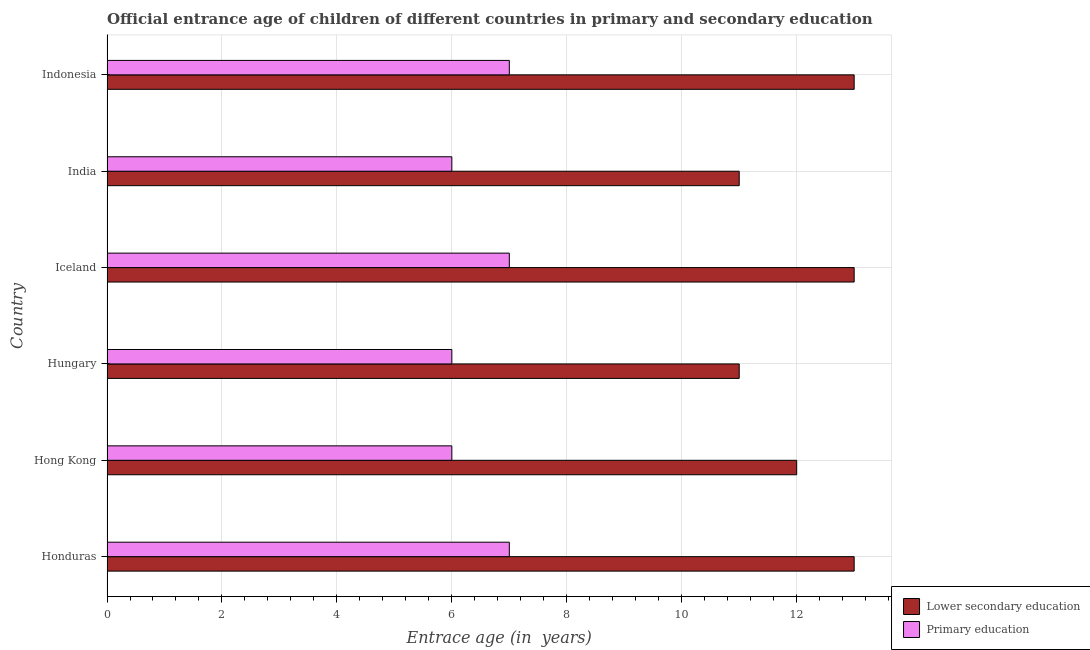
| Country | Lower secondary education | Primary education |
 | --- | --- | --- |
 | Honduras | 13 | 7 |
 | Hong Kong | 12 | 6 |
 | Hungary | 11 | 6 |
 | Iceland | 13 | 7 |
 | India | 11 | 6 |
 | Indonesia | 13 | 7 |